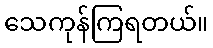
သေကုန်ကြရတယ်။